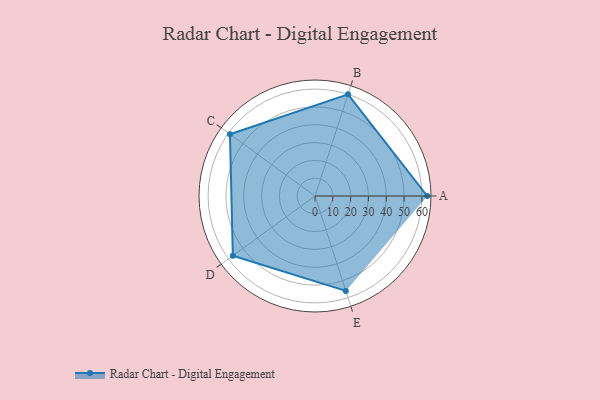
{"axis": {"x": "Skill", "y": "Score"}, "legend": ["Profile"], "data": [{"x": "A", "y": 63.0, "type": "Profile"}, {"x": "B", "y": 60.0, "type": "Profile"}, {"x": "C", "y": 59.0, "type": "Profile"}, {"x": "D", "y": 57.0, "type": "Profile"}, {"x": "E", "y": 56.0, "type": "Profile"}]}